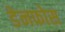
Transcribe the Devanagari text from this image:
डेनफोस